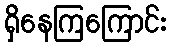
ရှိနေကြကြောင်း